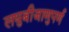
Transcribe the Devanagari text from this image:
लघुबीजाणुपर्ण